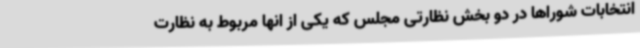
انتخابات شوراها در دو بخش نظارتی مجلس که یکی از انها مربوط به نظارت